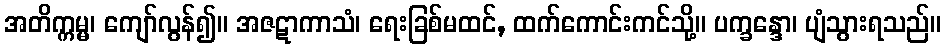
အတိက္ကမ္မ၊ ကျော်လွန်၍။ အဇဋာကာသံ၊ ရေးခြစ်မထင်, ထက်ကောင်းကင်သို့။ ပက္ခန္ဒော၊ ပျံသွားရသည်။